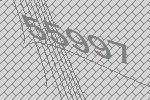
55997